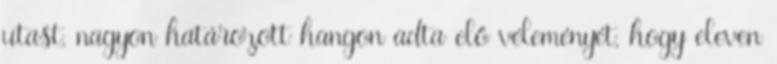
utast, nagyon határozott hangon adta elő véleményét, hogy eleven